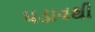
પડાવથી